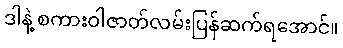
ဒါနဲ့ စကားဝါဇာတ်လမ်းပြန်ဆက်ရအောင်။